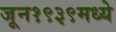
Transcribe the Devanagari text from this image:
जून१९३९मध्ये